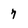
Character: 7